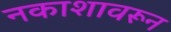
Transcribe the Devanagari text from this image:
नकाशावरून